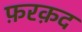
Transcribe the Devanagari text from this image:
फ़रक़द